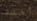
أحلف